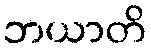
ဘယာတိ